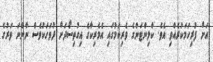
އަށް ފުރިހަމަކުރެއްވި އެވެ. ކްލިންޓަންގެ ވެރިކަމުގައި އެމެރިކާގެ އިގުތިސޯދަށް ދުވަހަކުވެސް ނާންނަ ވަރުގެ